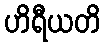
ဟိရီယတိ